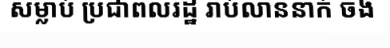
សម្លាប់ ប្រជាពលរដ្ឋ រាប់លាននាក់ ចង